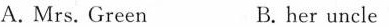
A. Mrs. Green B. her uncle